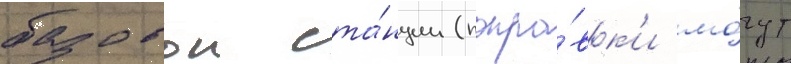
базовои ста́нции (попра́вк'и мо́гут